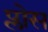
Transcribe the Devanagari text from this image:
प्लोस